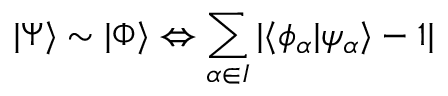
\vert \Psi \rangle \sim \vert \Phi \rangle \Leftrightarrow \sum _ { \alpha \in I } \vert \langle \phi _ { \alpha } \vert \psi _ { \alpha } \rangle - 1 \vert